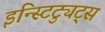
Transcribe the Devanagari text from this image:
इन्स्टिट्युट्स